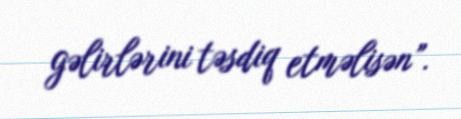
gəlirlərini təsdiq etməlisən”.